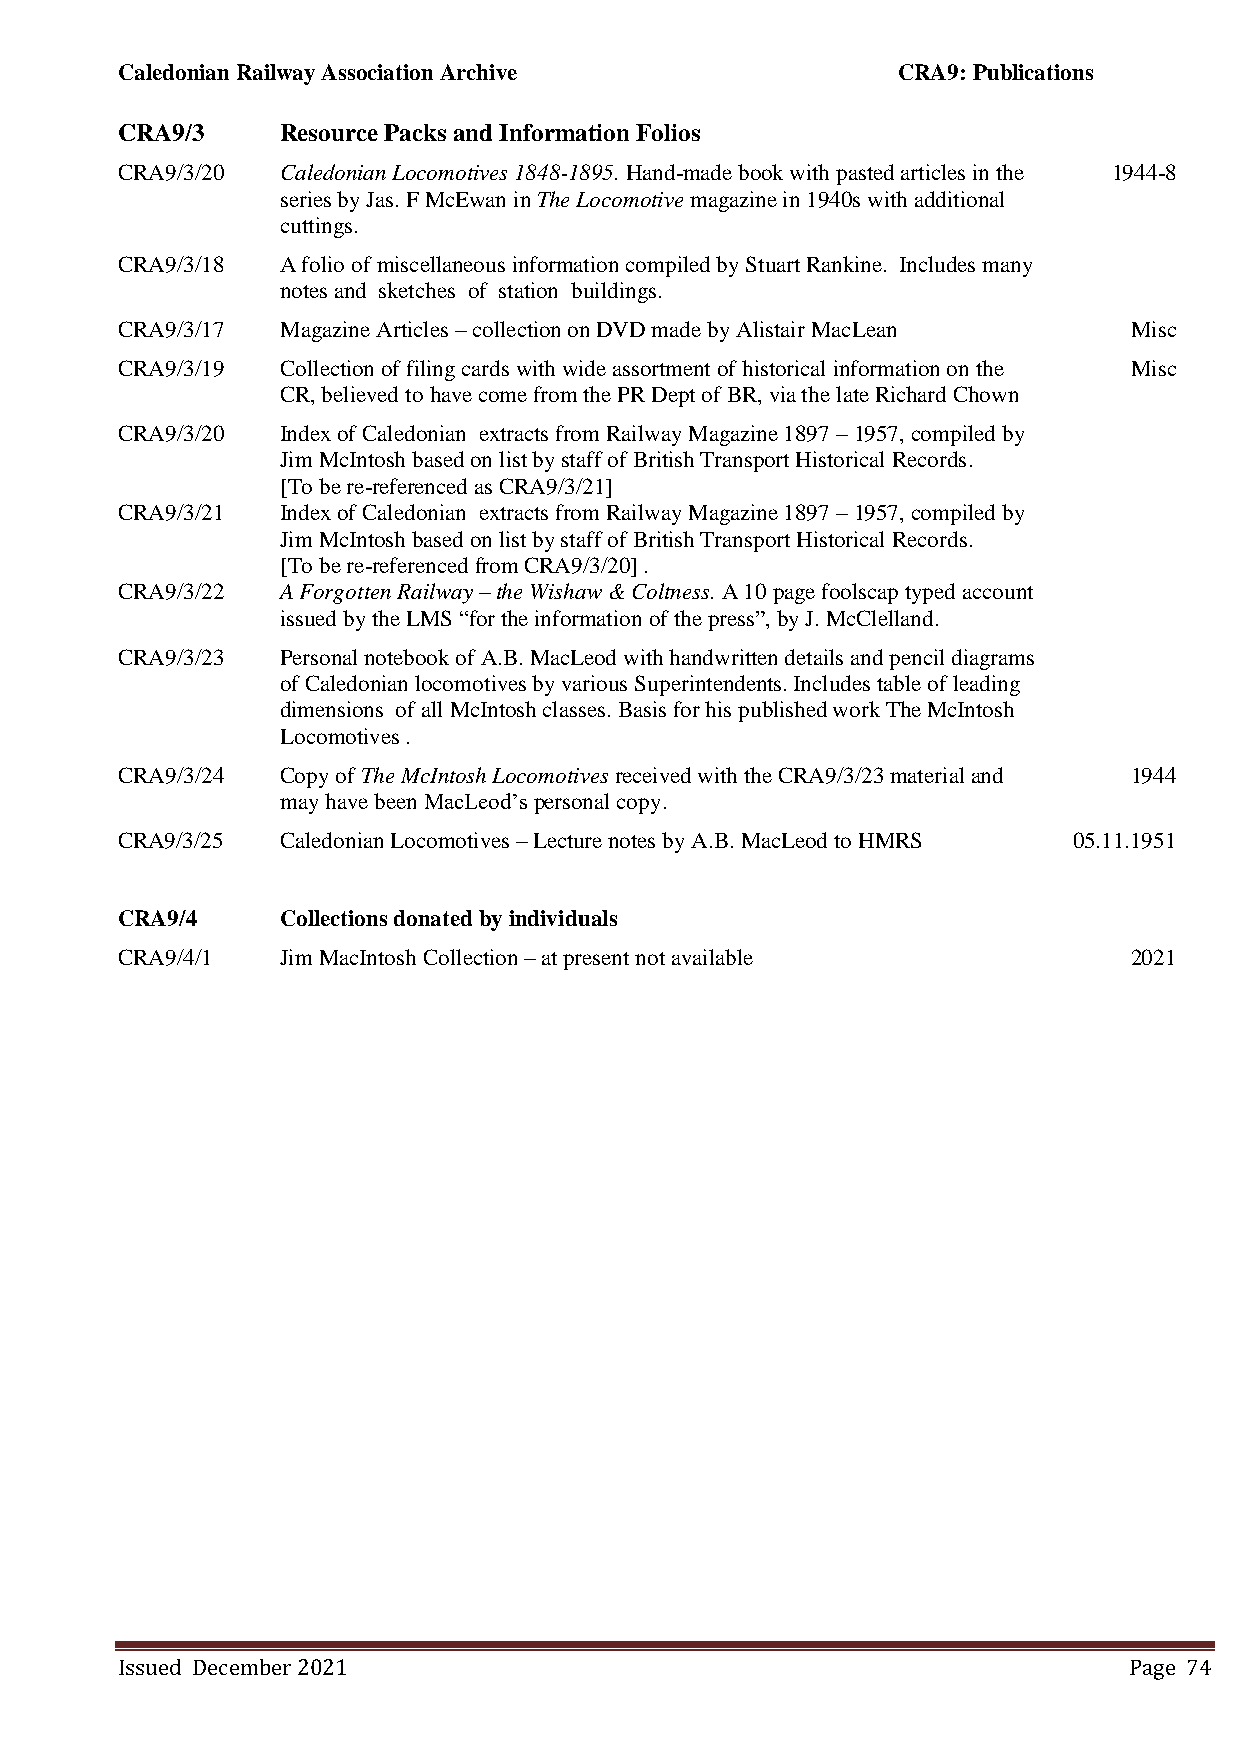
Caledonian Railway Association Archive             CRA9: Publications
 CRA9/3     Resource Packs and Information Folios
 CRA9/3/20  Caledonian Locomotives 1848-1895. Hand-made book with pasted articles in the 1944-8
 series by Jas. F McEwan in The Locomotive magazine in 1940s with additional
 cuttings.
 CRA9/3/18  A folio of miscellaneous information compiled by Stuart Rankine. Includes many
 notes and sketches of station buildings.
 CRA9/3/17  Magazine Articles – collection on DVD made by Alistair MacLean Misc
 CRA9/3/19  Collection of filing cards with wide assortment of historical information on the Misc
 CR, believed to have come from the PR Dept of BR, via the late Richard Chown
 CRA9/3/20  Index of Caledonian extracts from Railway Magazine 1897 – 1957, compiled by
 Jim McIntosh based on list by staff of British Transport Historical Records.
 [To be re-referenced as CRA9/3/21]
 CRA9/3/21  Index of Caledonian extracts from Railway Magazine 1897 – 1957, compiled by
 Jim McIntosh based on list by staff of British Transport Historical Records.
 [To be re-referenced from CRA9/3/20] .
 CRA9/3/22  A Forgotten Railway – the Wishaw & Coltness. A 10 page foolscap typed account
 issued by the LMS “for the information of the press”, by J. McClelland.
 CRA9/3/23  Personal notebook of A.B. MacLeod with handwritten details and pencil diagrams
 of Caledonian locomotives by various Superintendents. Includes table of leading
 dimensions of all McIntosh classes. Basis for his published work The McIntosh
 Locomotives .
 CRA9/3/24  Copy of The McIntosh Locomotives received with the CRA9/3/23 material and 1944
 may have been MacLeod’s personal copy.
 CRA9/3/25  Caledonian Locomotives – Lecture notes by A.B. MacLeod to HMRS 05.11.1951
 CRA9/4     Collections donated by individuals
 CRA9/4/1   Jim MacIntosh Collection – at present not available     2021
 Issued December 2021                                               Page 74